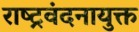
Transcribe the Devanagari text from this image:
राष्ट्रवंदनायुक्त